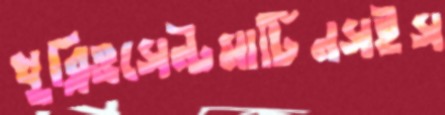
খুব্‌লিওসেন্টমার্টিনসইস